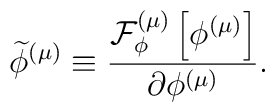
\widetilde{\phi }^{\left( \mu \right) }\equiv \frac{{\cal F}_{\phi }^{\left(\mu \right) }\left[ \phi ^{\left( \mu \right) }\right] }{\partial \phi^{\left( \mu \right) }}.